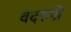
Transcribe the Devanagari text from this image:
वेदरुपी